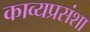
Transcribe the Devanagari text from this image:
काव्यप्रसंशा